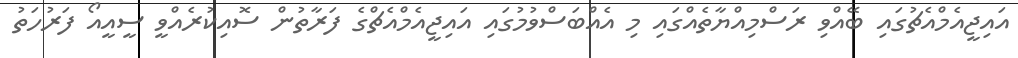
އައިޖީއެމްއެޗުގައި ބޭއްވި ރަސްމިއްޔާތެއްގައި މި އެއްބަސްވުމުގައި އައިޖީއެމްއެޗްގެ ފަރާތުން ސޮއިކުރެއްވީ ސީއީއޯ ފަރުހަތު